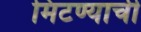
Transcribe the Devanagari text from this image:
मिटण्याची